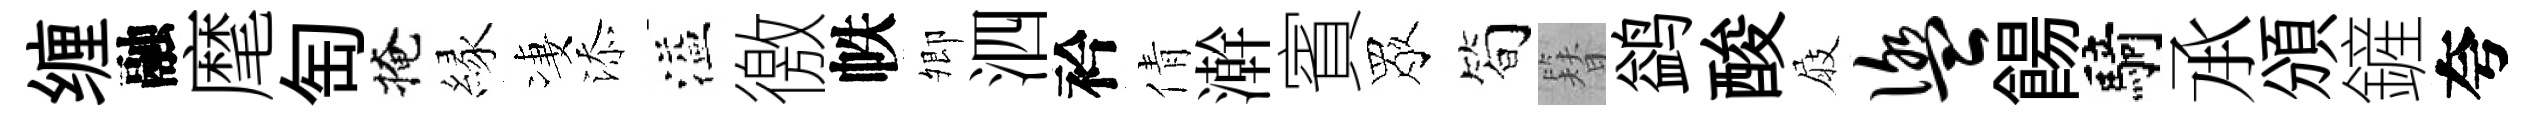
缠融麾匋掩縁凄添溢徼帙𡖖泗衿倩澣賓眾简簪鹢酸屐盥餳騎𠄘頒鏟夸